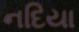
નદિયા